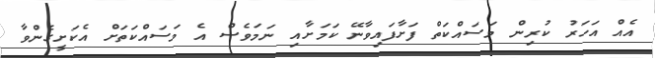
އެއް އަަހަރު ކުރިން މަސައްކަތް ފަށާފައިވާނޭ ކަމަށާއި ނަމަވެސް އެ މަސައްކަތަށް އެކަށީގެންވާ